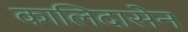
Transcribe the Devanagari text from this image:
कालिदासेन